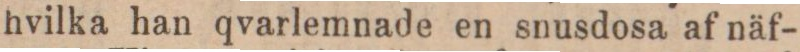
hvilka han qvarlemnade en snusdosa af näf-